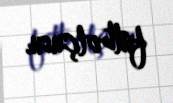
futbolçusu.